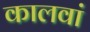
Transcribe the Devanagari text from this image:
कालवां